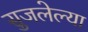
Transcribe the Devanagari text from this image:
सुजलेल्या